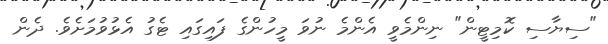
"ސިޔާސި ކޮމިޓީން" ނިންމެވީ އެންމެ ނުވަ މީހުންގެ ފައިގައި ޓެގު އެޅުވުމަށެވެ. ދެން